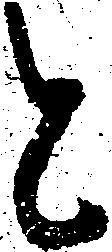
と